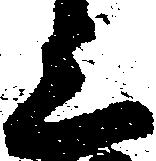
上